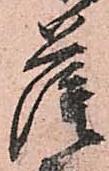
薩